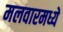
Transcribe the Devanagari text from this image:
मलवारमध्यें